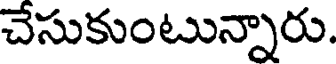
చేసుకుంటున్నారు.